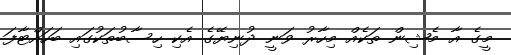
މީގެ އާ މެޝިން ތަކެއް މިހާރު ވަނީ ދުނިޔޭގެ އެކި ހިސާބުތަކުގައި ބަހައްޓާފަ